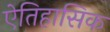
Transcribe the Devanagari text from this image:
ऐतिहासिक